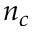
n _ { c }